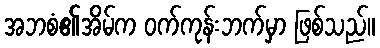
အဘစံ၏အိမ်က ဝက်ကုန်းဘက်မှာ ဖြစ်သည်။